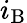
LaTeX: i_{\mathrm{B}}